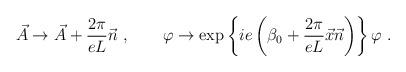
LaTeX: \begin{align*}\vec{A} \to \vec{A}+\frac{2\pi}{eL}\vec{n} \ , \qquad\varphi \to \exp \left\{ie\left(\beta_0 + \frac{2\pi}{eL} \vec{x}\vec{n}\right) \right\}\varphi \ .\end{align*}